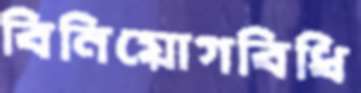
বিনিয়োগবিধি